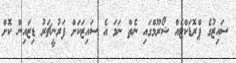
ސައިޒުގެ ޕްރޮޑަކްޓެއް ޝޯރޫމްގައި ނެތް ނަމަ އެ ސައިޒަކަށް ފަރުނީޗަރު ޑިޒައިން ކޮށް